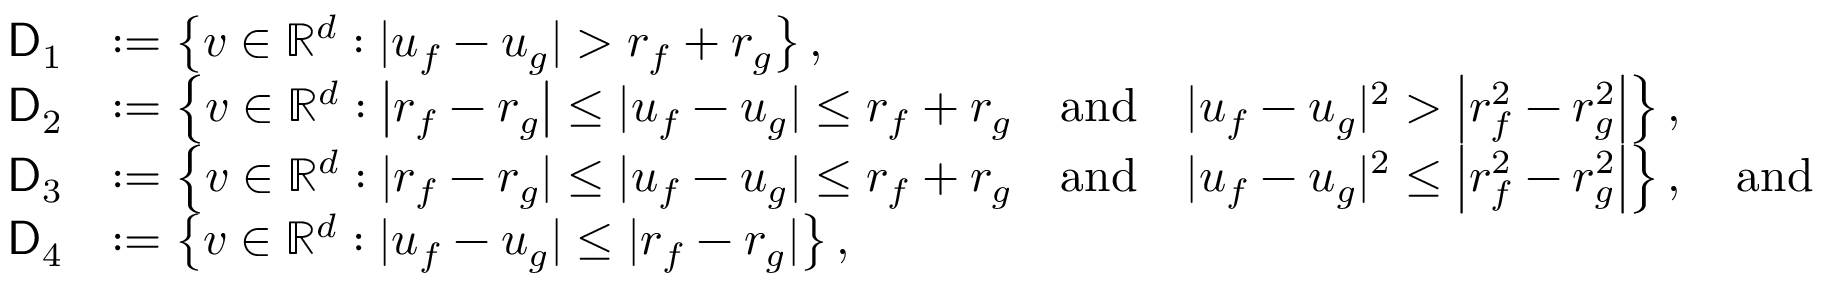
\begin{array} { r l } { \mathsf { D } _ { 1 } } & { : = \left\{ v \in \mathbb { R } ^ { d } : | u _ { f } - u _ { g } | > r _ { f } + r _ { g } \right\} , } \\ { \mathsf { D } _ { 2 } } & { : = \left\{ v \in \mathbb { R } ^ { d } : \left| r _ { f } - r _ { g } \right| \le | u _ { f } - u _ { g } | \le r _ { f } + r _ { g } \quad \mathrm { a n d } \quad | u _ { f } - u _ { g } | ^ { 2 } > \left| r _ { f } ^ { 2 } - r _ { g } ^ { 2 } \right| \right\} , } \\ { \mathsf { D } _ { 3 } } & { : = \left\{ v \in \mathbb { R } ^ { d } : | r _ { f } - r _ { g } | \le | u _ { f } - u _ { g } | \le r _ { f } + r _ { g } \quad \mathrm { a n d } \quad | u _ { f } - u _ { g } | ^ { 2 } \le \left| r _ { f } ^ { 2 } - r _ { g } ^ { 2 } \right| \right\} , \quad \mathrm { a n d } } \\ { \mathsf { D } _ { 4 } } & { : = \left\{ v \in \mathbb { R } ^ { d } : | u _ { f } - u _ { g } | \le | r _ { f } - r _ { g } | \right\} , } \end{array}